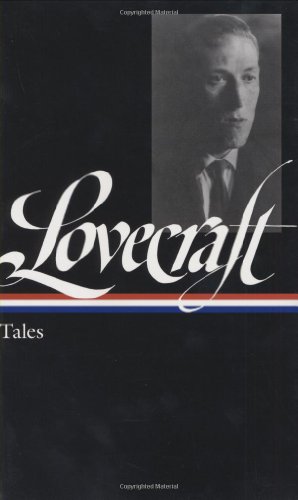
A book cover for H. P. Lovecraft: Tales (Library of America); H. P. Lovecraft; Literature & Fiction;